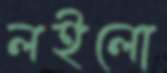
লইলো